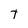
Character: t